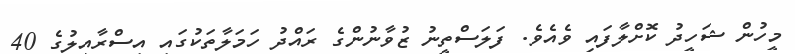
މީހުން ޝަހީދު ކޮށްލާފައި ވެއެވެ. ފަލަސްތީނު ޒުވާނުންގެ ރައްދު ހަމަލާތަކުގައި އިސްރާއީލުގެ 40